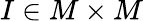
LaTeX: I\in M\times M